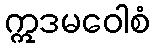
ဣဒမဝေါစံ